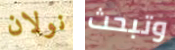
نولان وتبحث